Leaving Certificate Examination, 1924
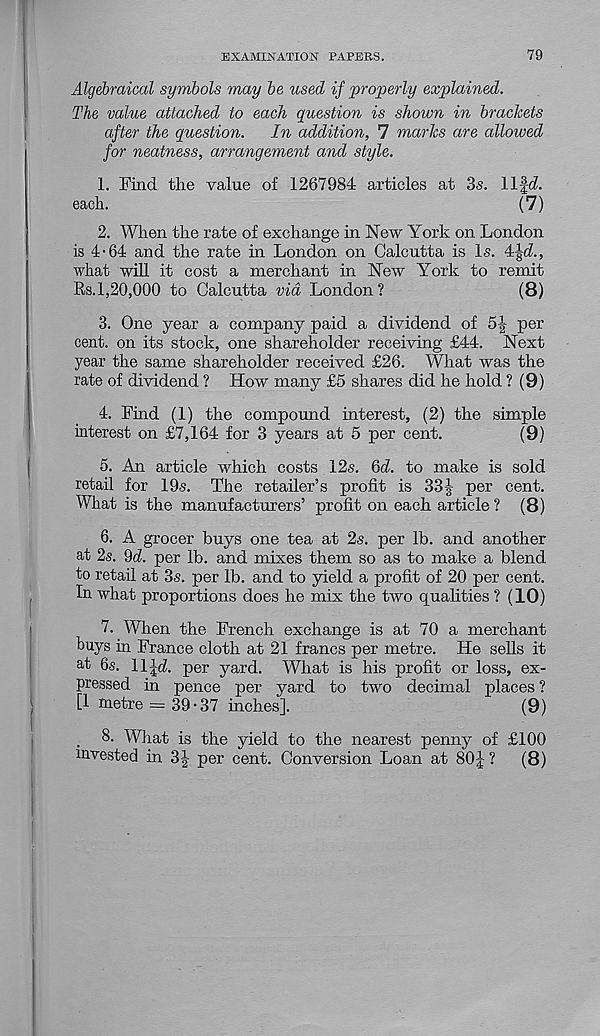
EXAMINATION PAPERS.
79
Algebraical symbols may be used if properly explained.
The value attached to each question is shown in brackets
after the question.
In addition, 7 marks are allowed
for neatness, arrangement and style.
1. Find the value of 1267984 articles at 3s. llfd.
each.
(7)
2. When the rate of exchange in New York on London
is 4-64 and the rate in London on Calcutta is Is. 4^d.,
what will it cost a merchant in New York to remit
Rs. 1,20,000 to Calcutta via London?
(8)
3. One year a company paid a dividend of 5% per
cent, on its stock, one shareholder receiving £44. Next
year the same shareholder received £26. What was the
rate of dividend ? How many £5 shares did he hold ? (9)
4. Find (1) the compound interest, (2) the simple
interest on £7,164 for 3 years at 5 per cent.
(9)
6. An article which costs 12s. 6d. to make is sold
retail for 19s. The retailer’s profit is 334 per cent.
What is the manufacturers’ profit on each article ? (8)
6. A grocer buys one tea at 2s. per lb. and another
at 2s. 9d. per lb. and mixes them so as to make a blend
to retail at 3s. per lb. and to yield a profit of 20 per cent.
In what proportions does he mix the two qualities ? (10)
7. When the French exchange is at 70 a merchant
buys in France cloth at 21 francs per metre. He sells it
at 6s. 11 Jd. per yard. What is his profit or loss, ex-
pressed in pence per yard to two decimal places ?
[1 metre = 39-37 inches].
(9)
8. What is the yield to the nearest penny of £100
invested in 3| per cent. Conversion Loan at 80| ?
(8)